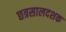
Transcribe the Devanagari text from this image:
छत्रसालदशक